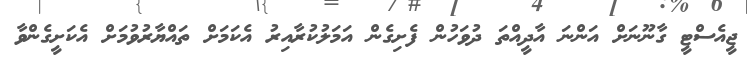
ޖީއެސްޓީ ގާނޫނަށް އަންނަ އާދީއްތަ ދުވަހުން ފެށިގެން އަމަލުކުރާއިރު އެކަމަށް ތައްޔާރުވުމަށް އެކަށީގެންވާ